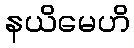
နယိမေဟိ